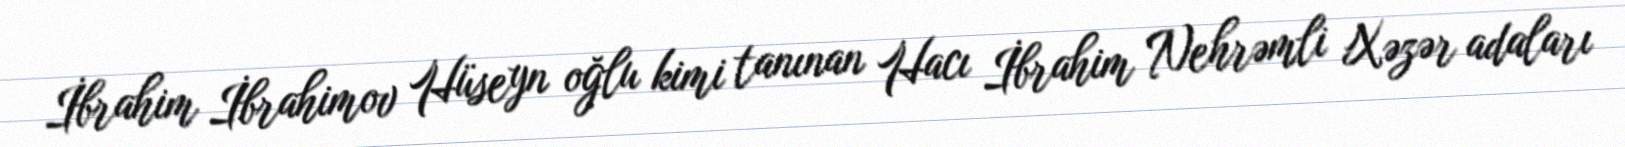
İbrahim İbrahimov Hüseyn oğlu kimi tanınan Hacı İbrahim Nehrəmli Xəzər adaları